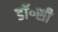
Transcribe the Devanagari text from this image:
डॉ॰सी